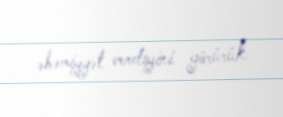
əhəmiyyət verdiyini görürük.